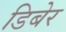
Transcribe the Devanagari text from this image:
डिबेर